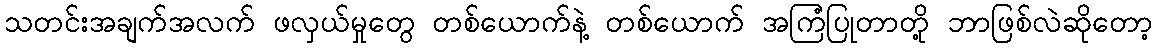
သတင်းအချက်အလက် ဖလှယ်မှုတွေ တစ်ယောက်နဲ့ တစ်ယောက် အကြံပြုတာတို့ ဘာဖြစ်လဲဆိုတော့